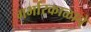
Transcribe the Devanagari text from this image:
गर्भारकाळाचे